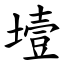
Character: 㙪